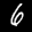
Label: 6